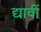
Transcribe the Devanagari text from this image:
द्यावीं